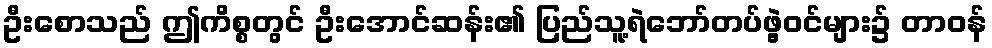
ဦးစောသည် ဤကိစ္စတွင် ဦးအောင်ဆန်း၏ ပြည်သူ့ရဲဘော်တပ်ဖွဲ့ဝင်များ၌ တာဝန်